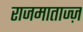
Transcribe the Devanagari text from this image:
राजमाताज्ज़